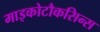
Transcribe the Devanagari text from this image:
माइकोटौकसिन्स